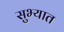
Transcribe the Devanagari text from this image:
सुभ्यात